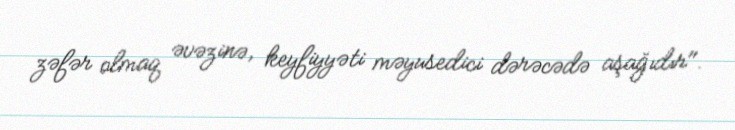
zəfər olmaq əvəzinə, keyfiyyəti məyusedici dərəcədə aşağıdır".